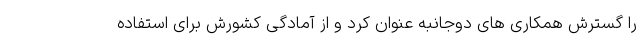
را گسترش همکاری های دوجانبه عنوان کرد و از آمادگی کشورش برای استفاده